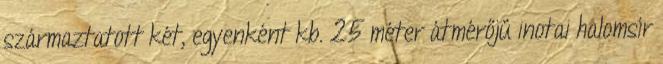
származtatott két, egyenként kb. 25 méter átmérőjű inotai halomsír